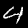
Digit: 4